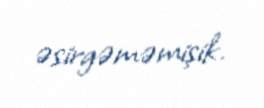
əsirgəməmişik.